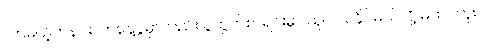
လာမယ့်တနင်းလာနေ့ပွဲမှာလည်း ပွဲထွက်စာရင်းမှာ သူပါဝင်နိုင်မယ်လို့ မထင်ဘူး။